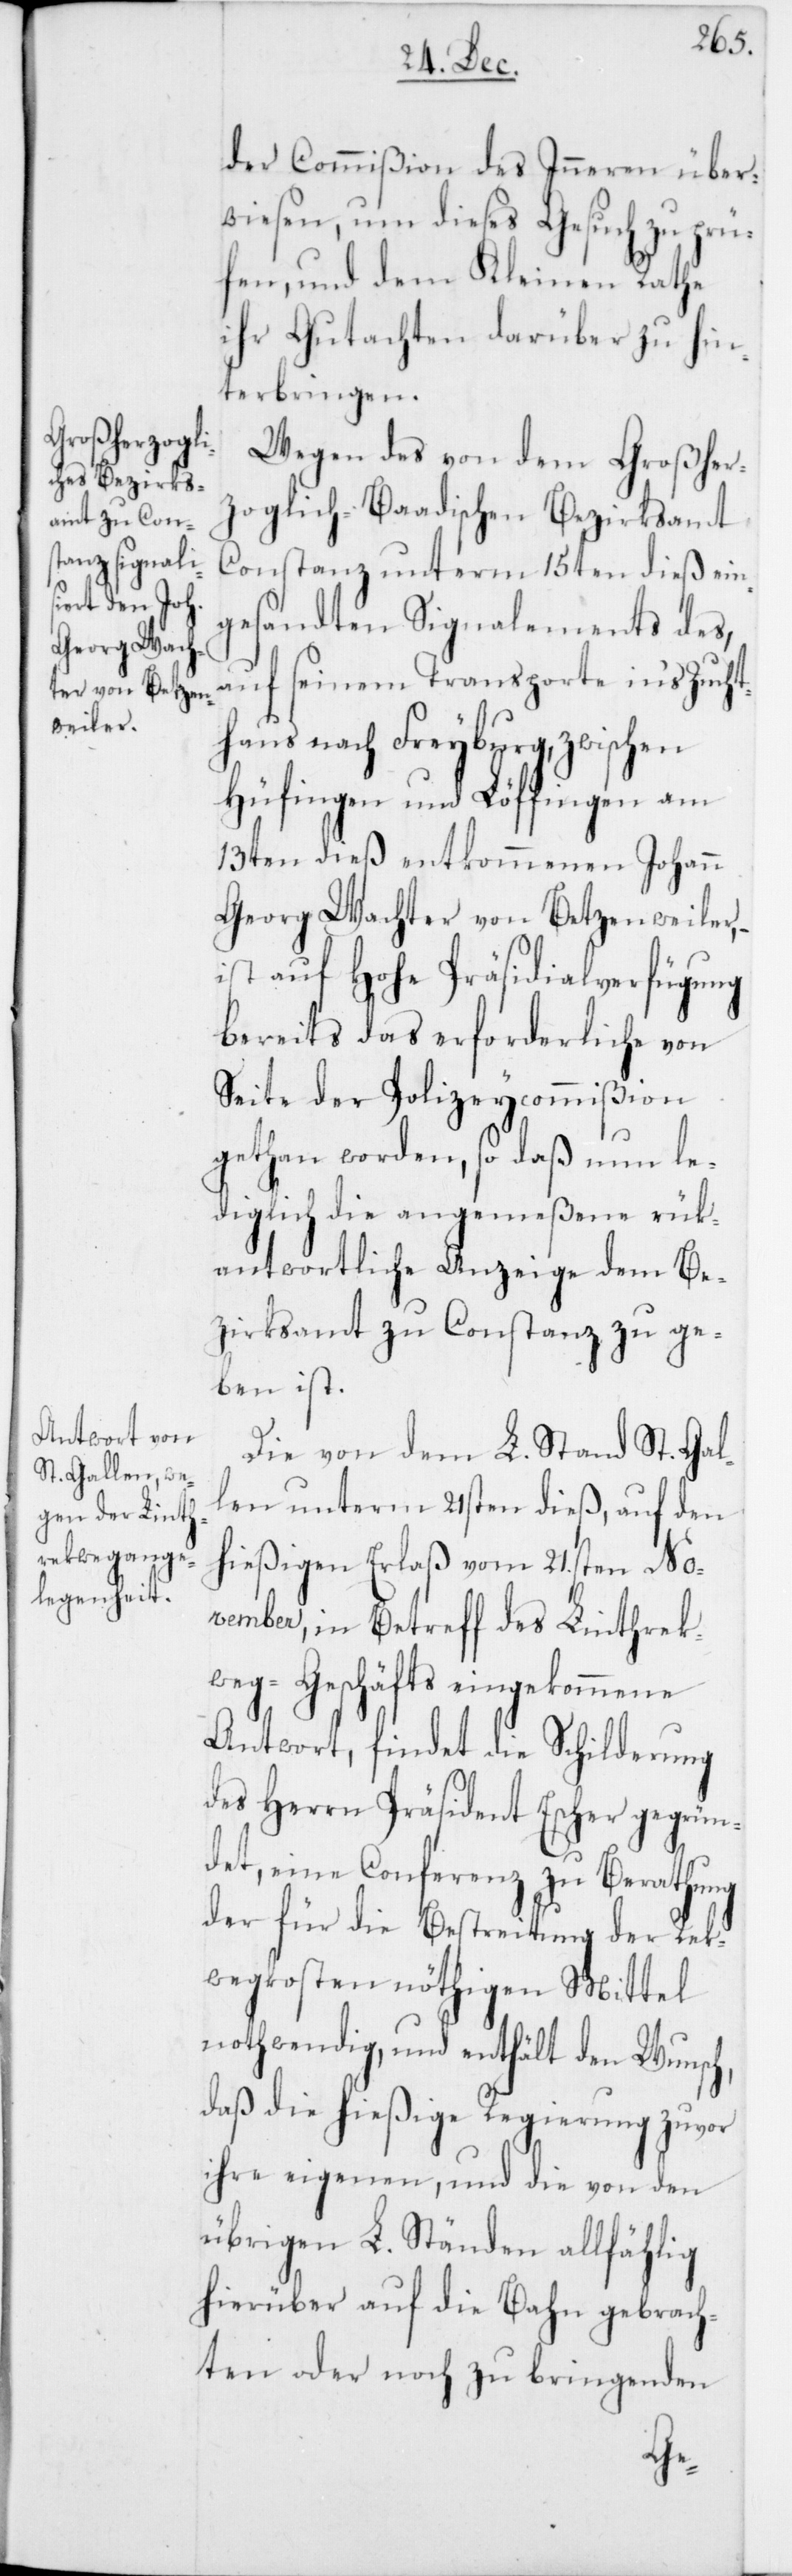
der Commißion des Inneren über¬
wiesen, um dieses Gesuch zu prü¬
fen, und dem Kleinen Rathe
ihr Gutachten darüber zu hin¬
terbringen.
Wegen des von dem Großher¬
zoglich-Baadischen Bezirksamt
Constanz unterm 15ten dieß ein¬
gesandten Signalements des,
auf seinem Transporte in‘s Zucht¬
haus nach Freyburg, zwischen
Hüfingen und Löffingen am
13ten dieß entkommenen Johann
Georg Wachter von Betzenweiler,
ist auf Hohe Präsidialverfügung
bereits das erforderliche von
Seite der Polizeycommißion
gethan worden, so daß nun le¬
diglich die angemeßene rük¬
antwortliche Anzeige dem Be¬
zirksamt zu Constanz zu ge¬
ben ist.
Die von dem L. Stand St. Gal¬
len unterm 21sten dieß, auf den
hießigen Erlaß vom 21.sten No¬
vember, in Betreff des Linthrek¬
weg-Geschäfts eingekommene
Antwort, findet die Schilderung
des Herrn Präsident Escher gegrün¬
det, eine Conferenz zu Berathung
der für die Bestreitung der Rek¬
wegkosten nöthigen Mittel
nothwendig, und enthält den Wunsch,
daß die hießige Regierung zuvor
ihre eigenen, und die von den
übrigen L. Ständen allfählig
hierüber auf die Bahn gebrach¬
ten oder noch zu bringenden